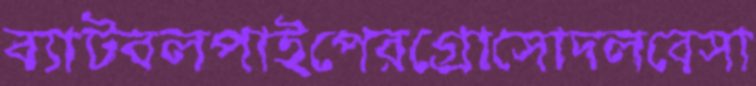
ব্যাটবলপাইপেরগ্রোসোদলবেসা